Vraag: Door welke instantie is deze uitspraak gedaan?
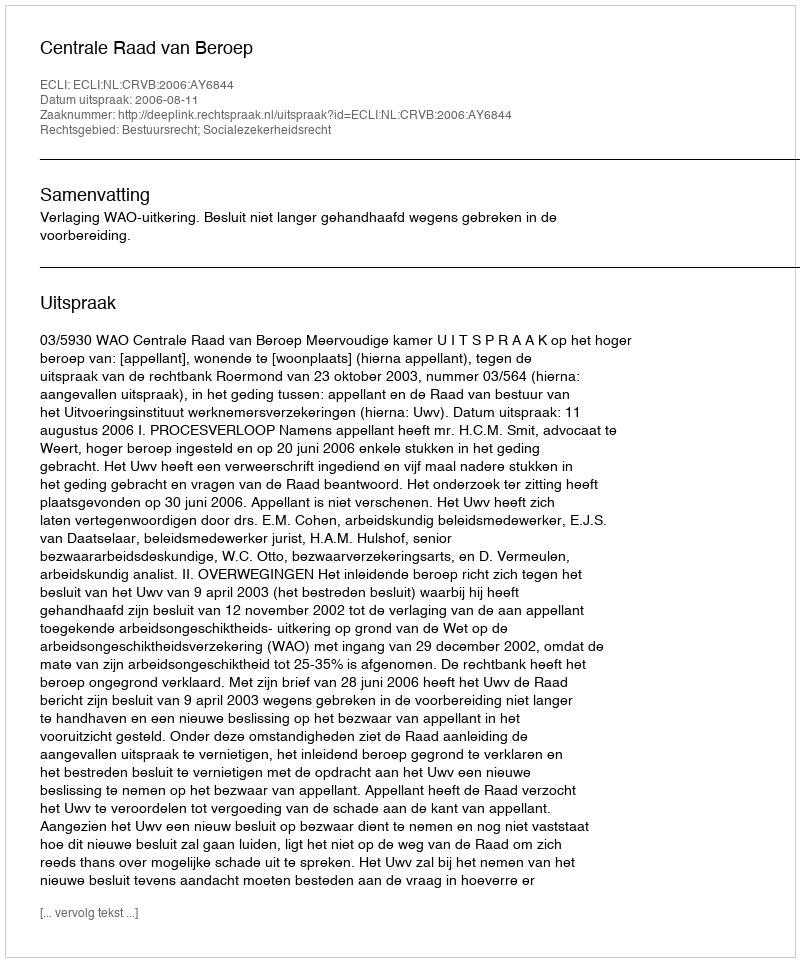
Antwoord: Centrale Raad van Beroep